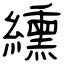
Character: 纁